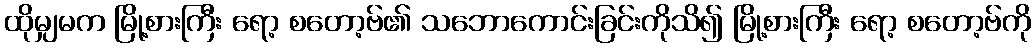
ထိုမျှမက မြို့စားကြီး ရော့ စတော့ဗ်၏ သဘောကောင်းခြင်းကိုသိ၍ မြို့စားကြီး ရော့ စတော့ဗ်ကို